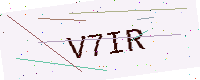
Text: V7IR